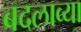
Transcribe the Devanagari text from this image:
बदलाव्या